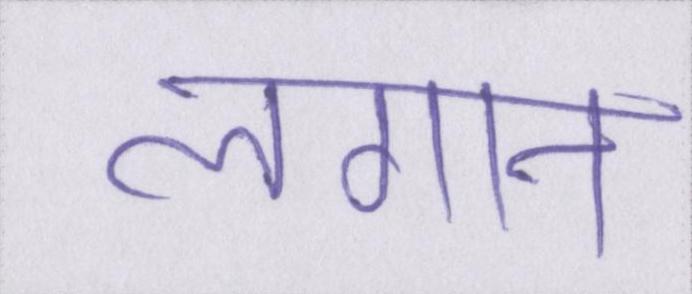
लगान